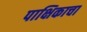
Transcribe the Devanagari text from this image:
पाक्षिकाचा